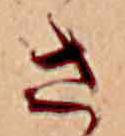
さ